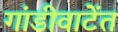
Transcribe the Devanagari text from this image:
गांडीवाटेंत